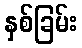
နှစ်ခြမ်း